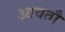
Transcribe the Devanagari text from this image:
आवतौ